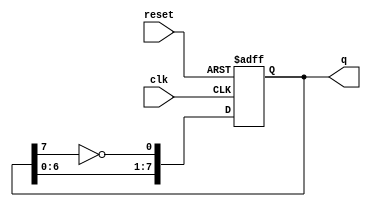
module johnson_counter (
    input wire clk,       // Clock input
    input wire reset,     // Asynchronous reset
    output reg [7:0] q    // 8-bit output
);

    // Sequential logic for Johnson counter
    always @(posedge clk or posedge reset) begin
        if (reset) begin
            q <= 8'b00000000; // Initialize to zero state
        end else begin
            // Johnson counter logic
            q <= {q[6:0], ~q[7]}; // Shift left and feedback inverted last bit
        end
    end

endmodule